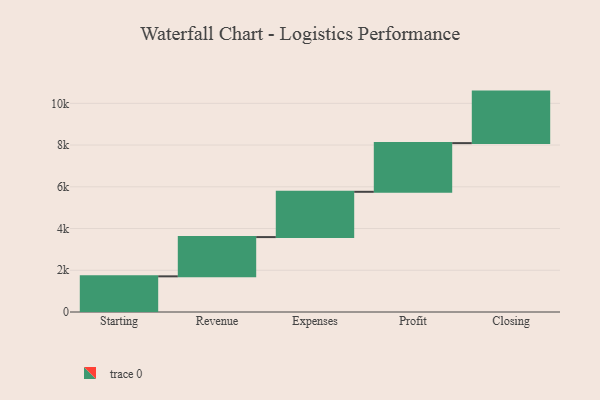
{"axis": {"x": "Step", "y": "Value"}, "legend": [""], "data": [{"x": "Starting", "y": 1709.0, "type": ""}, {"x": "Revenue", "y": 1881.0, "type": ""}, {"x": "Expenses", "y": 2170.0, "type": ""}, {"x": "Profit", "y": 2333.0, "type": ""}, {"x": "Closing", "y": 2469.0, "type": ""}]}